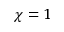
\chi = 1